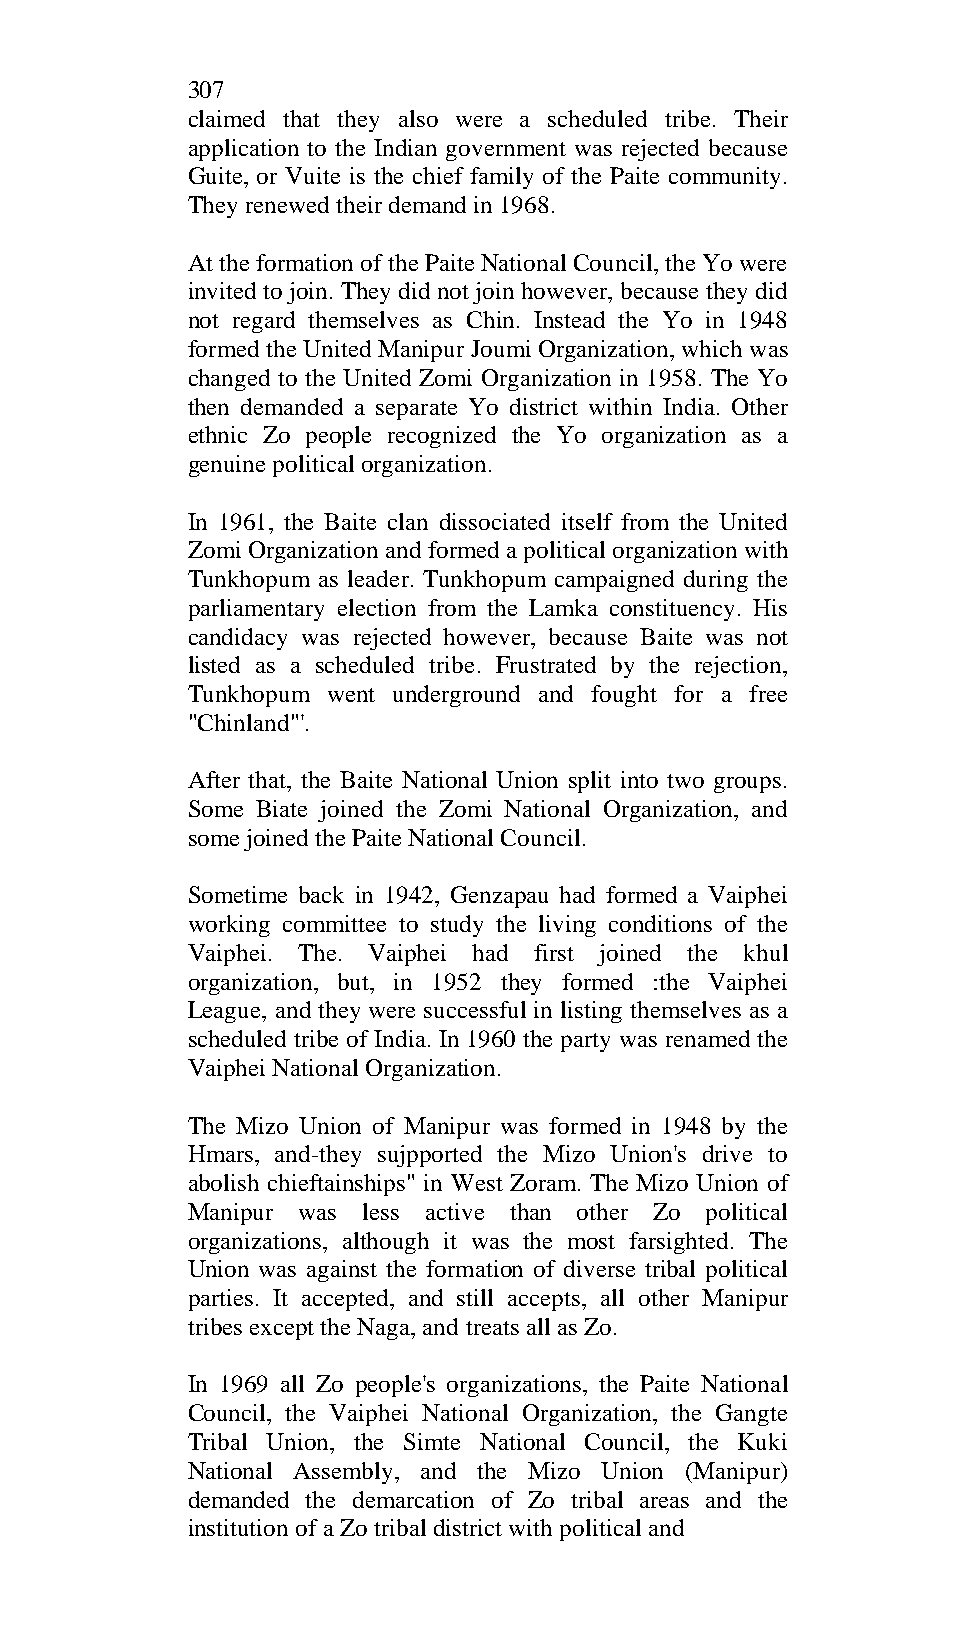
307
 claimed that they also were a scheduled tribe. Their
 application to the Indian government was rejected because
 Guite, or Vuite is the chief family of the Paite community.
 They renewed their demand in 1968.
 At the formation of the Paite National Council, the Yo were
 invited to join. They did not join however, because they did
 not regard themselves as Chin. Instead the Yo in 1948
 formed the United Manipur Joumi Organization, which was
 changed to the United Zomi Organization in 1958. The Yo
 then demanded a separate Yo district within India. Other
 ethnic Zo people recognized the Yo organization as a
 genuine political organization.
 In 1961, the Baite clan dissociated itself from the United
 Zomi Organization and formed a political organization with
 Tunkhopum as leader. Tunkhopum campaigned during the
 parliamentary election from the Lamka constituency. His
 candidacy was rejected however, because Baite was not
 listed as a scheduled tribe. Frustrated by the rejection,
 Tunkhopum went underground and fought for a free
 "Chinland"'.
 After that, the Baite National Union split into two groups.
 Some Biate joined the Zomi National Organization, and
 some joined the Paite National Council.
 Sometime back in 1942, Genzapau had formed a Vaiphei
 working committee to study the living conditions of the
 Vaiphei. The. Vaiphei had first joined the khul
 organization, but, in 1952 they formed :the Vaiphei
 League, and they were successful in listing themselves as a
 scheduled tribe of India. In 1960 the party was renamed the
 Vaiphei National Organization.
 The Mizo Union of Manipur was formed in 1948 by the
 Hmars, and-they sujpported the Mizo Union's drive to
 abolish chieftainships" in West Zoram. The Mizo Union of
 Manipur was less active than other Zo political
 organizations, although it was the most farsighted. The
 Union was against the formation of diverse tribal political
 parties. It accepted, and still accepts, all other Manipur
 tribes except the Naga, and treats all as Zo.
 In 1969 all Zo people's organizations, the Paite National
 Council, the Vaiphei National Organization, the Gangte
 Tribal Union, the Simte National Council, the Kuki
 National Assembly, and the Mizo Union (Manipur)
 demanded the demarcation of Zo tribal areas and the
 institution of a Zo tribal district with political and